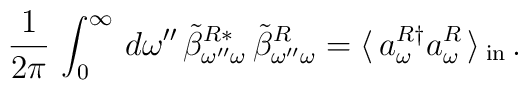
\frac{1}{2\pi}\,\int_{0}^{\infty}\,d\omega''\,\tilde{\beta}_{\omega''\omega}^{R *}\,\tilde{\beta}_{\omega''\omega}^{R} = \langle\, a_{\omega}^{R \dag}a_{\omega}^{R}\, \rangle \,_{\rm{in}} \,.